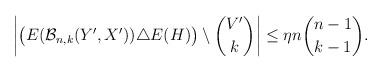
LaTeX: \begin{align*}\left| \big(E(\mathcal B_{n,k}(Y', X')) \triangle E(H) \big) \setminus \binom{V'}{k} \right| \le \eta n \binom{n-1}{k-1}.\end{align*}